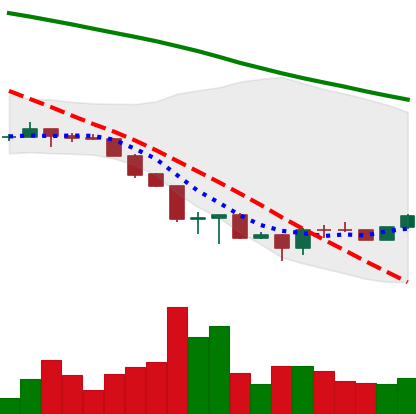
Ticker: ETH-USD
Chart end date: 2022-06-24
Forward return: -10.425%
Label: down_7plus